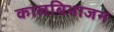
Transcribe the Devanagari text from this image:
कालबिभाजन